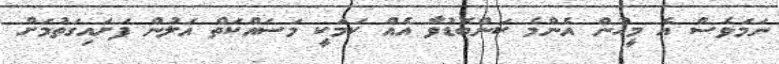
ނަމަވެސް އެ މީހުން އެންމެ ކަންބޮޑުވާ އެއް ކަމަކީ މަސައްކަތް އަލުން ފަށައިގަތުމަށް